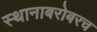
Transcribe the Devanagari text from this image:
स्थानाबरोबरच